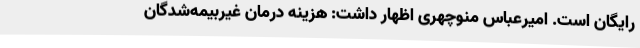
رایگان است. امیرعباس منوچهری اظهار داشت: هزینه درمان غیربیمه‌شدگان